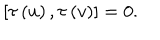
[ \tau \left( u \right) , \tau \left( v \right) ] = 0 .